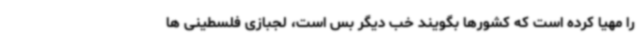
را مهیا کرده است که کشورها بگویند خب دیگر بس است، لجبازی فلسطینی ها